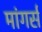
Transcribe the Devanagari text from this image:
मांगर्स